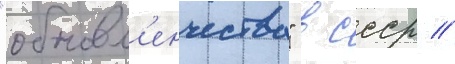
"обновл'енчества" в ссср //